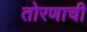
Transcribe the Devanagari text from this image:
तोरणाची